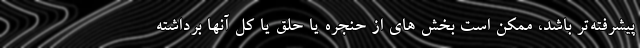
پیشرفته‌تر باشد، ممکن است بخش های از حنجره یا حلق یا کل آنها برداشته